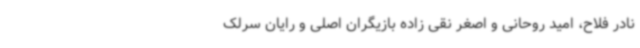
نادر فلاح، امید روحانی و اصغر نقی زاده بازیگران اصلی و رایان سرلک